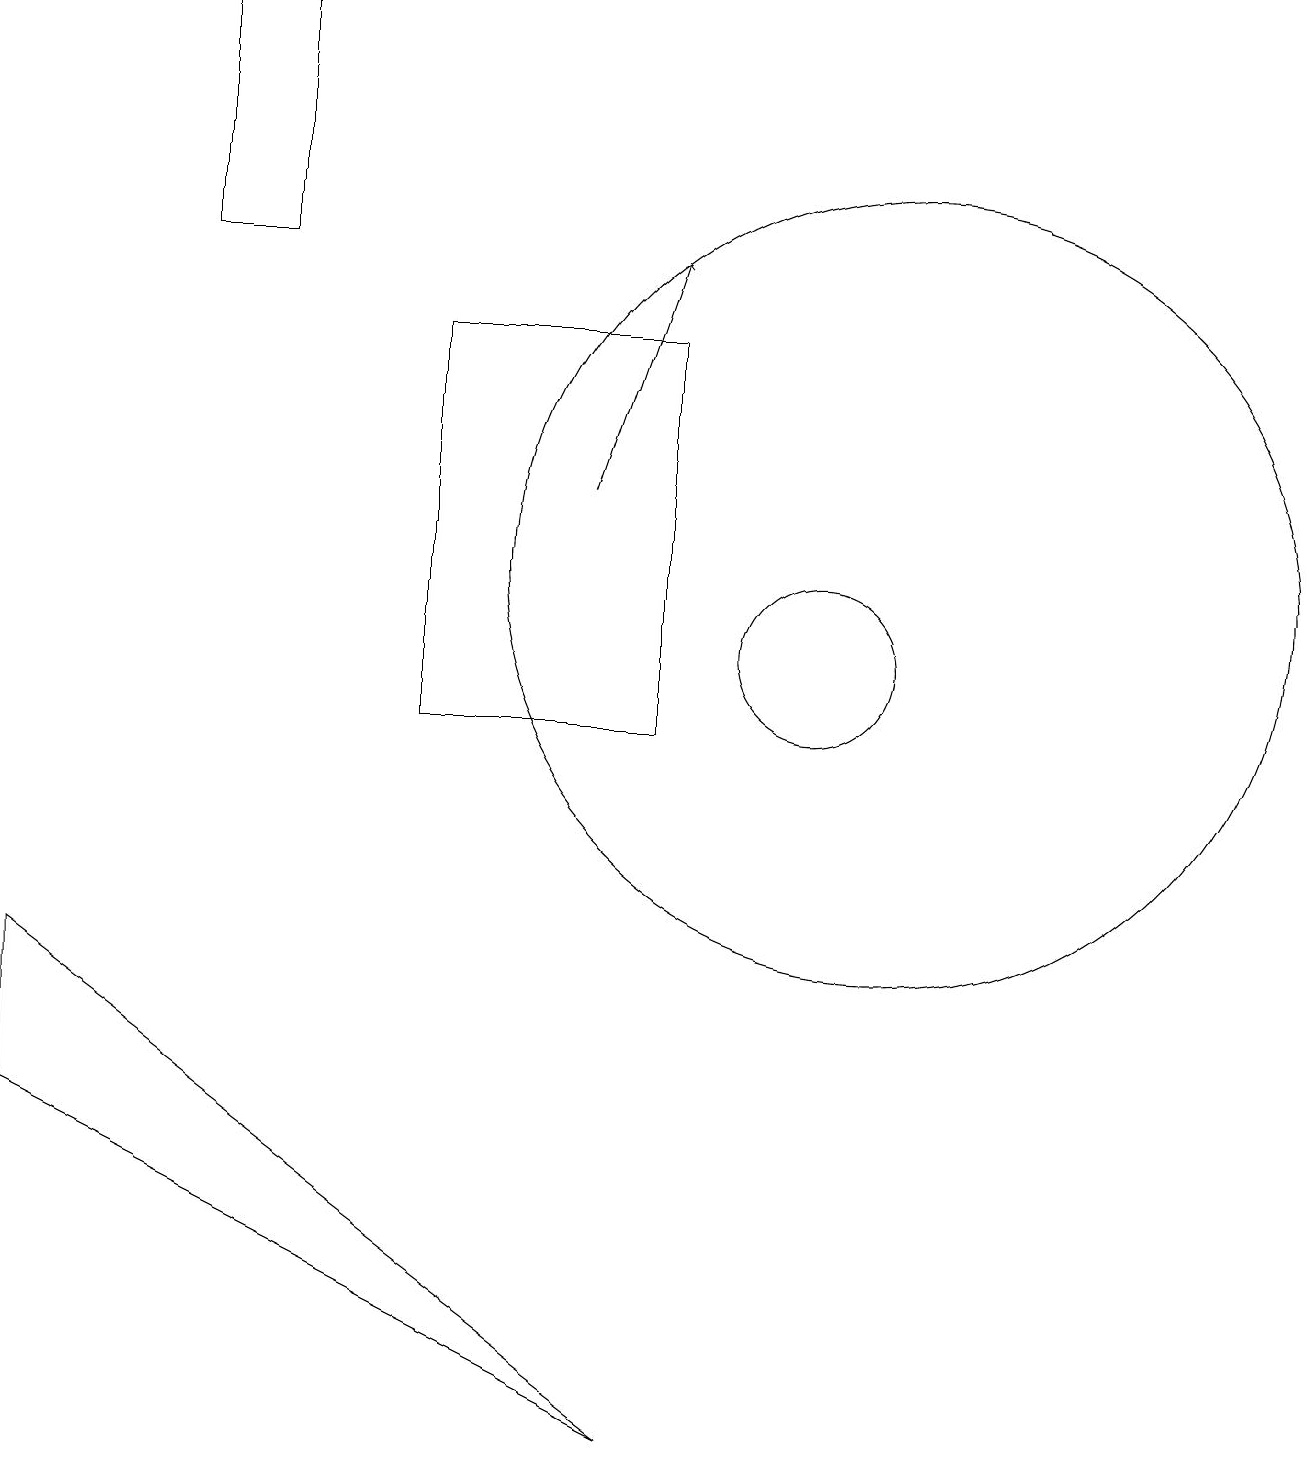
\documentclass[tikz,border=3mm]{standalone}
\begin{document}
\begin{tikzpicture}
\draw[->] (8,13) -- (9,16);
\draw (9,1) -- (1,7) -- (1,5) -- cycle;
\draw (3,16) rectangle (4,19);
\draw (11,11) circle (1);
\draw (12,12) circle (5);
\draw (9,15) rectangle (6,10);
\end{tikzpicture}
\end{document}